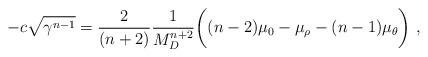
LaTeX: \begin{align*} -c\sqrt{\gamma^{n-1}} = \frac{2}{(n+2)}\frac{1}{M_D^{n+2}}\bigg((n-2)\mu_0-\mu_\rho -(n-1)\mu_\theta\bigg)~,\end{align*}